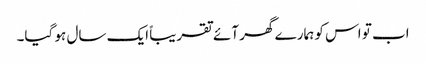
اب تو اس کو ہمارے گھر آئے تقریباً ایک سال ہو گیا۔